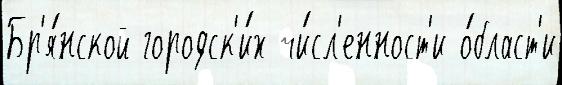
Бр'я́нской городск'и́х чи́сл'енност'и о́бласт'и